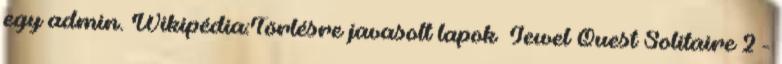
egy admin. Wikipédia:Törlésre javasolt lapok Jewel Quest Solitaire 2 -